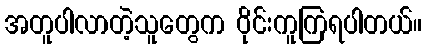
အတူပါလာတဲ့သူတွေက ဝိုင်းကူကြရပါတယ်။